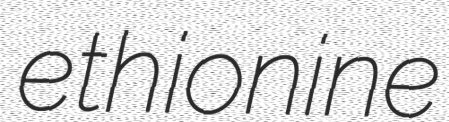
ethionine